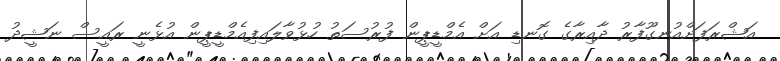
އަޝްރަފަށްއުނގޫފާރު ދާއިރާގެ ގޮނޑި އަށް އެމްޑީޕީން ފުރުސަތު ހުޅުވާލައިފިއެމްޑީޕީން އުޅެނީ ރައީސް ނަޝީދު